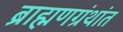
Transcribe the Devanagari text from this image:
ब्राह्मणग्रंथांत